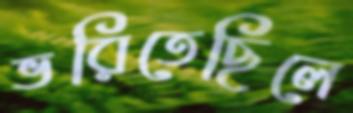
ভরিতেছিলে